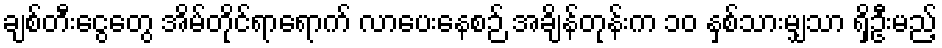
ချစ်တီးငွေတွေ အိမ်တိုင်ရာရောက် လာပေးနေစဉ် အချိန်တုန်းက ၁၀ နှစ်သားမျှသာ ရှိဦးမည့်